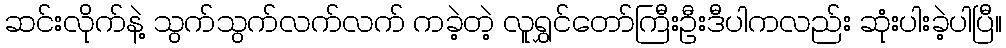
ဆင်းလိုက်နဲ့ သွက်သွက်လက်လက် ကခဲ့တဲ့ လူရွှင်တော်ကြီးဦးဒီပါကလည်း ဆုံးပါးခဲ့ပါပြီ။